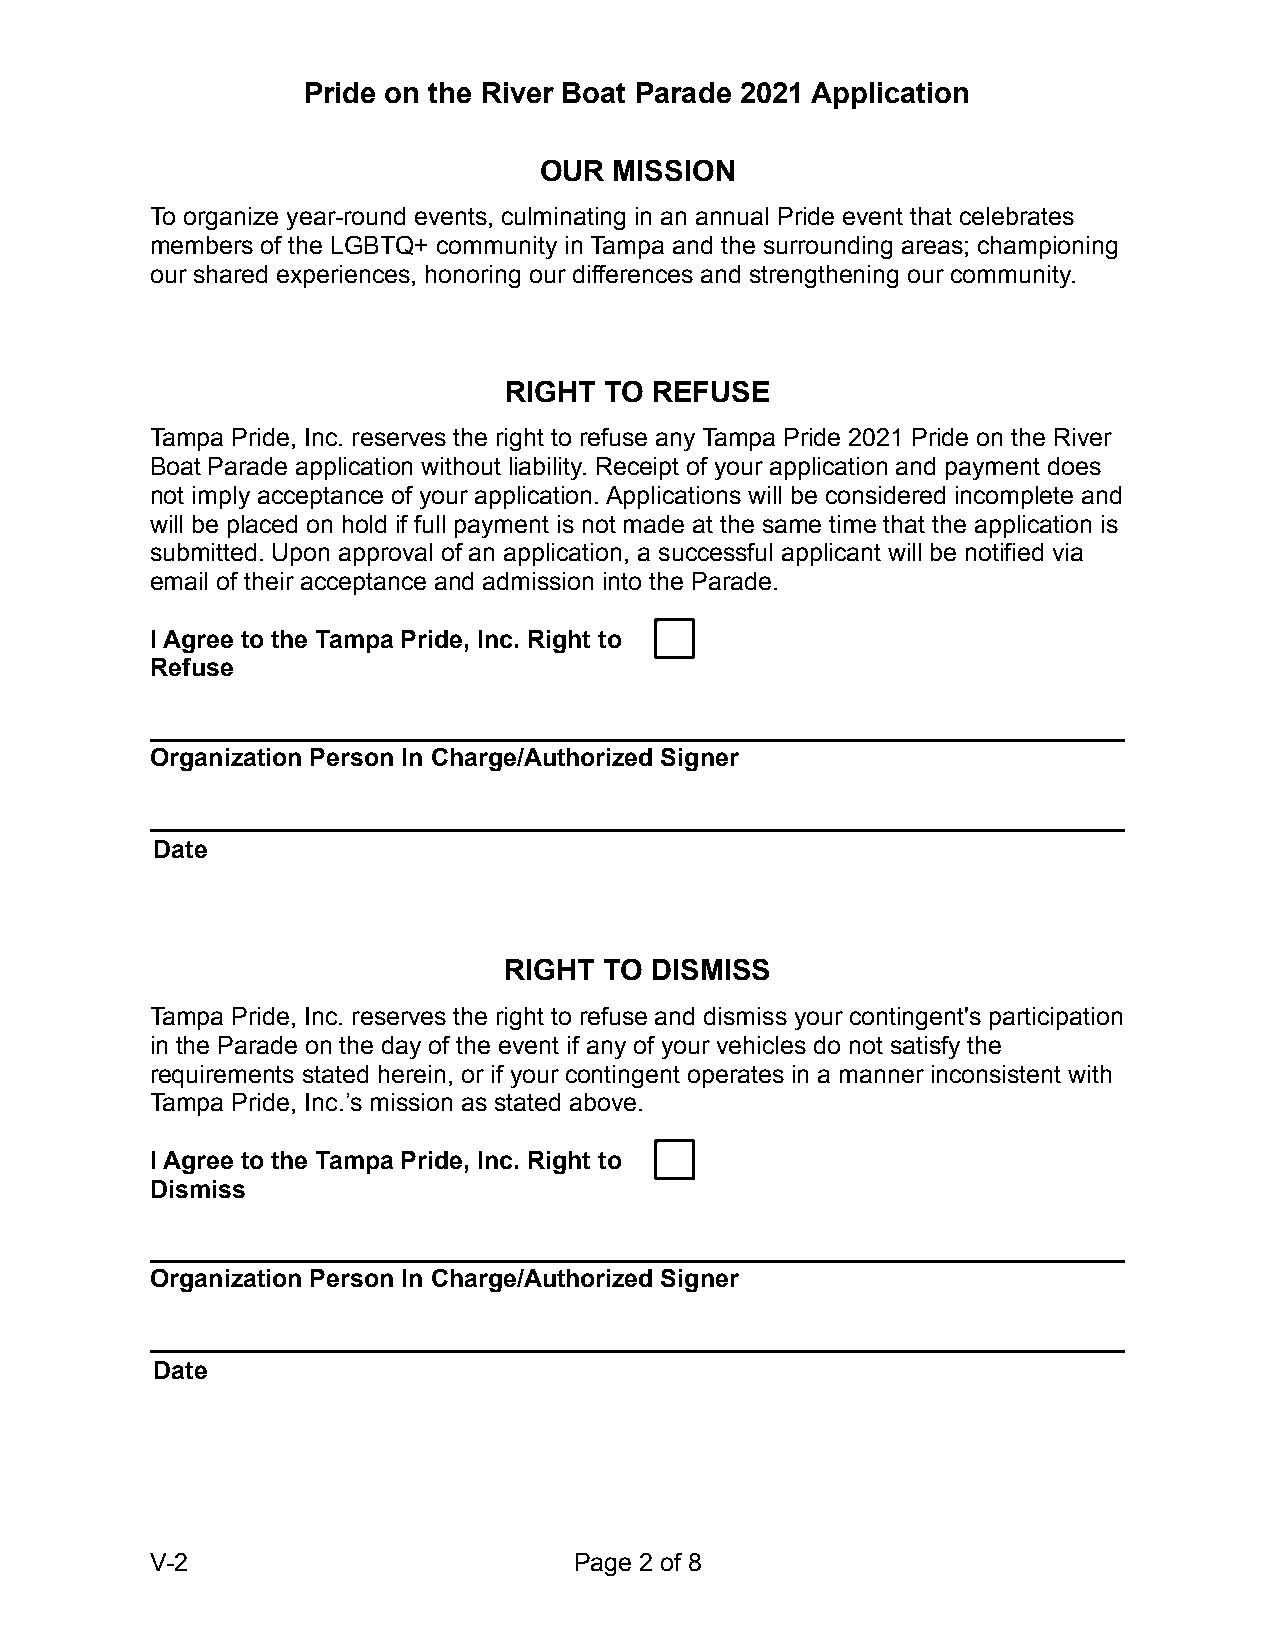
Pride on the River Boat Parade 2021 Application
 OUR  MISSION
 To organize year-round events, culminating in an annual Pride event that celebrates
 members of the LGBTQ+ community in Tampa and the surrounding areas; championing
 our shared experiences, honoring our differences and strengthening our community.
 RIGHT  TO REFUSE
 Tampa Pride, Inc. reserves the right to refuse any Tampa Pride 2021 Pride on the River
 Boat Parade application without liability. Receipt of your application and payment does
 not imply acceptance of your application. Applications will be considered incomplete and
 will be placed on hold if full payment is not made at the same time that the application is
 submitted. Upon approval of an application, a successful applicant will be notified via
 email of their acceptance and admission into the Parade.
 I Agree to the Tampa Pride, Inc. Right to
 Refuse
 Organization Person In Charge/Authorized Signer
 Date
 RIGHT  TO DISMISS
 Tampa Pride, Inc. reserves the right to refuse and dismiss your contingent's participation
 in the Parade on the day of the event if any of your vehicles do not satisfy the
 requirements stated herein, or if your contingent operates in a manner inconsistent with
 Tampa Pride, Inc.’s mission as stated above.
 I Agree to the Tampa Pride, Inc. Right to
 Dismiss
 Organization Person In Charge/Authorized Signer
 Date
 V-2                         Page 2 of 8